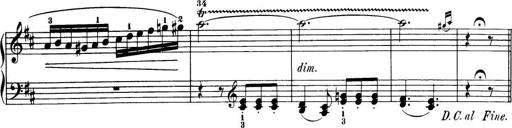
Title: 32 Sonatinas and Rondos for the Piano
Composer: Richard Kleinmichel